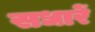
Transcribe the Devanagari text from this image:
सधारें